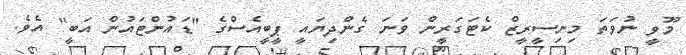
މޫވީ ނުވަތަ މިނިސީރީޒް ކެޓަގަރީން ވަނަ ގެންދިޔައީ ޕީބީއެސްގެ "ޑައުންޓައުން އަބީ" އެވެ.